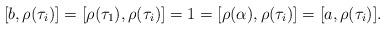
LaTeX: \begin{align*}[b, \rho(\tau_i)] = [\rho(\tau_1), \rho(\tau_i)] = 1 = [\rho(\alpha), \rho(\tau_i)] = [a, \rho(\tau_i)].\end{align*}